Scottish Leaving Certificate Examination, 1959
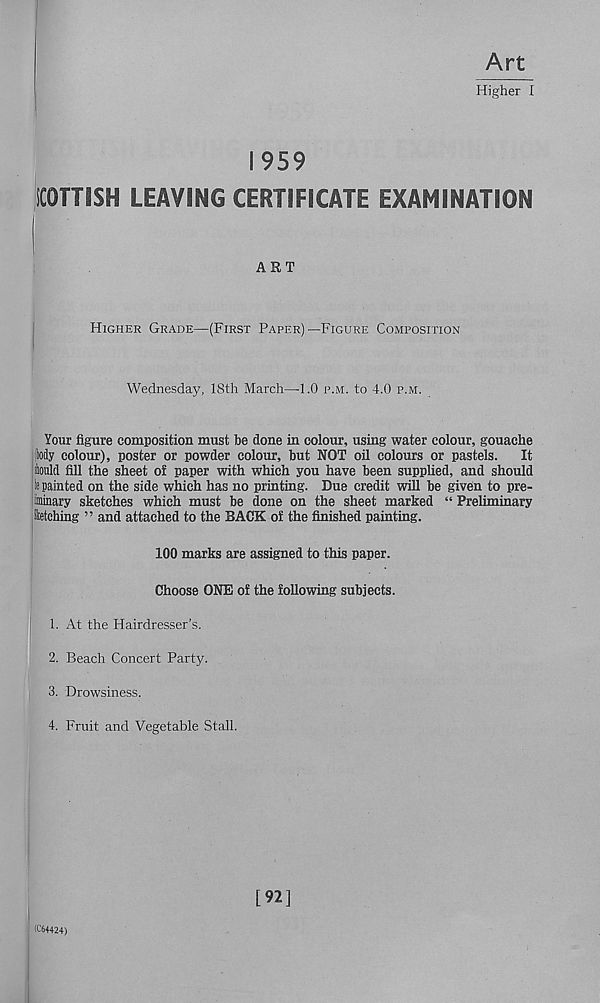
Art
Higher I
1959
SCOTTISH LEAVING CERTIFICATE EXAMINATION
.
ART
Higher Grade—(First Paper)—Figure Composition
Wednesday, 18th March—■ 1.0 p.m. to 4.0 p.m.
Your figure composition must be done in colour, using water colour, gouache
(tody colour), poster or powder colour, but NOT oil colours or pastels.
It
ikmld fill the sheet of paper with which you have been supplied, and should
s painted on the side which has no printing. Due credit will be given to pre-
miuary sketches which must be done on the sheet marked “ Preliminary
Sketching ” and attached to the BACK of the finished painting.
100 marks are assigned to this paper.
Choose ONE of the following subjects.
1. At the Hairdresser’s.
2. Beach Concert Party.
3. Drowsiness.
Fruit and Vegetable Stall.
(C64424)
[92]